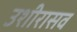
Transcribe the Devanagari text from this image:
उशीरासव